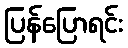
ပြန်ပြောရင်း